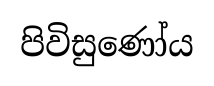
පිවිසුණෝය